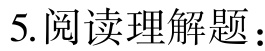
5.阅读理解题：